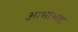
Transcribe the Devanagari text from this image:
आभासता